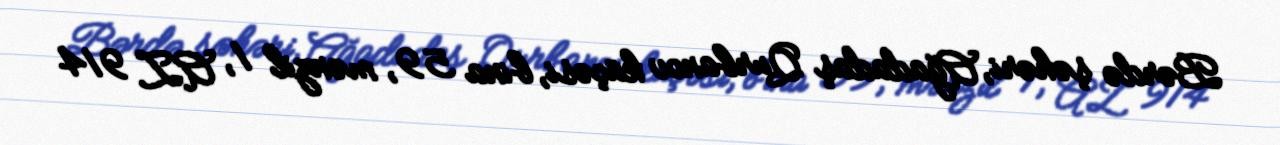
Bərdə şəhəri, Ağadadaş Qurbanov küçəsi, bina 59, mənzil 1, AZ 914